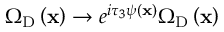
\Omega _ { \mathrm { D } } \left( { \bf x } \right) \rightarrow e ^ { i \tau _ { 3 } \psi \left( { \bf x } \right) } \Omega _ { \mathrm { D } } \left( { \bf x } \right)